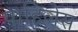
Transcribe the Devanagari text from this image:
पाहिलेस